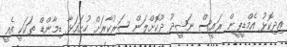
އިދިކޮޅު އެމްޑީޕީން ރައީސް ނަޝީދު ދޫކޮށްލަން ސަރުކާރަށް ހުށަައަޅާ ޑިމާންޑް ތަކަކީ އެއީ